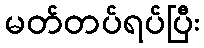
မတ်တပ်ရပ်ပြီး